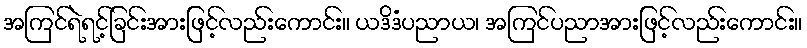
အကြင်ရဲရင့်ခြင်းအားဖြင့်လည်းကောင်း။ ယဒိဒံပညာယ၊ အကြင်ပညာအားဖြင့်လည်းကောင်း။